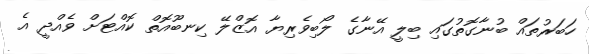
ހަބަރުތައް ބުނާގޮތުގައި ބިލީ އޭނާގެ ލޯބިވެރިޔާ އޮޒްލޭ ކިނބޫއޮތް ކޮއްޓަށް ވެއްދީ އެ